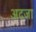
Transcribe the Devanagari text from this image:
अदजा